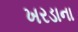
ખરડાના